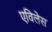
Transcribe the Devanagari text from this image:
एविलेस